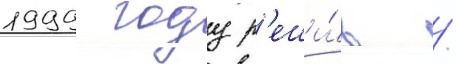
1999 году р'еши́в /